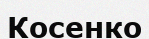
Косенко